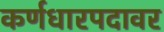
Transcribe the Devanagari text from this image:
कर्णधारपदावर